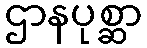
ဌာနပုစ္ဆာ